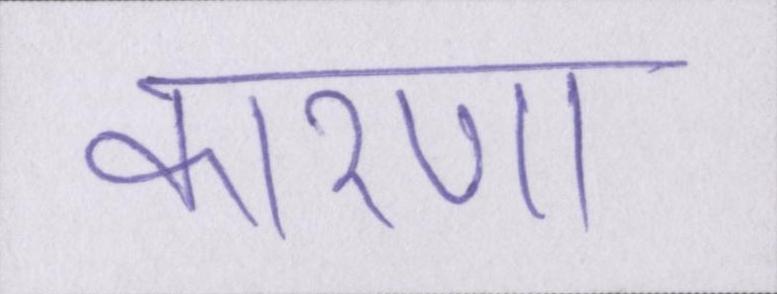
कारणों